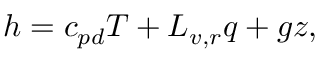
h = c _ { p d } T + L _ { v , r } q + g z ,